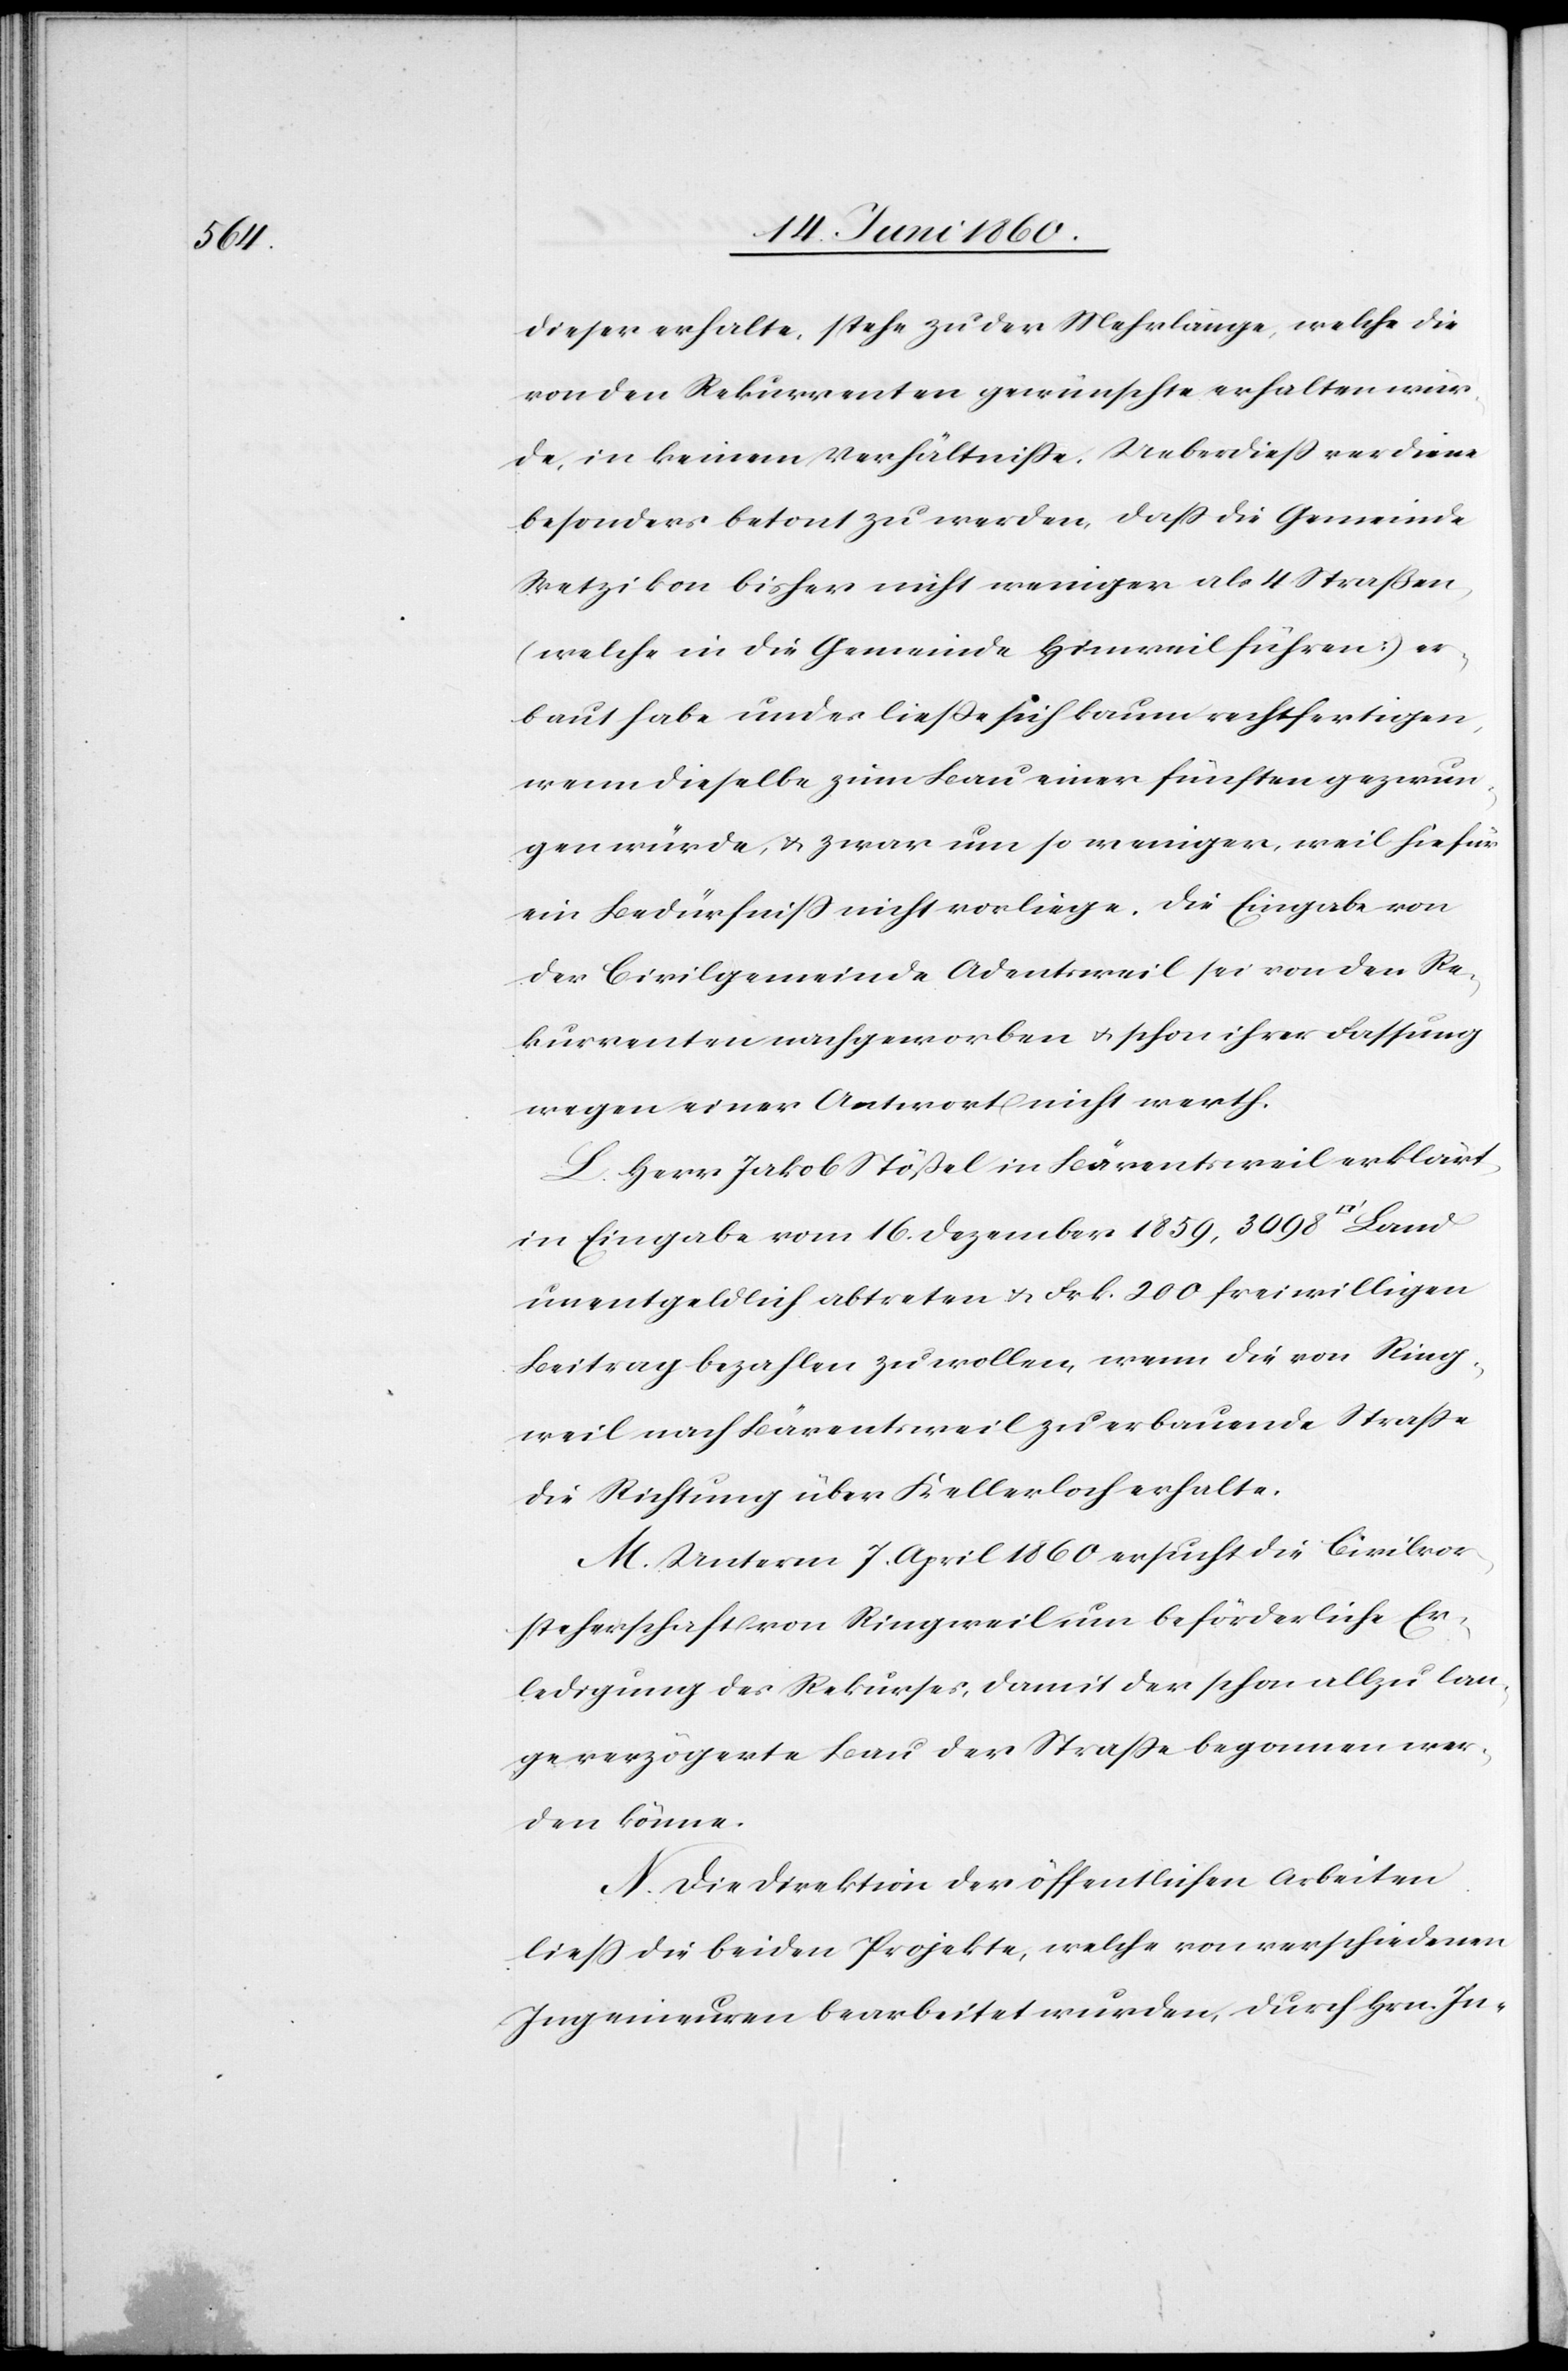
atfuss]

dieser erhalte, stehe zu der Mehrlänge, welche die
von den Rekurrenten gewünschte erhalten wür¬
de, in keinem Verhältnisse. Ueberdiess verdiene
besonders betont zu werden, dass die Gemeinde
Wetzikon bisher nicht weniger als 4 Straßen,
(welche in die Gemeinde Hinweil führen) er¬
baut habe und es liesse sich kaum rechtfertigen,
wenn dieselbe zum Bau einer fünften gezwun¬
gen würde, u. zwar um so weniger, weil hiefür
ein Bedürfniss nicht vorliege. Die Eingabe von
der Civilgemeinde Adentsweil sei von den Re¬
kurrenten nachgeworben u. schon ihrer Fassung
wegen einer Antwort nicht werth.
L. Herr Jakob Stößel in Bärentsweil erklärt,
in Eingabe vom 16. Dezember 1859, 3098 [Quadr¬
unentgeldlich abtreten u. Frk. 200 freiwilligen
Beitrag bezahlen zu wollen, wenn die von Ring¬
weil nach Bärentsweil zu erbauende Strasse
die Richtung über Kellerloch erhalte.
M. Unterm 7. April 1860 ersucht die Civilvor¬
steherschaft von Ringweil um beförderliche Er¬
ledigung des Rekurses, damit der schon allzu lan¬
ge verzögerte Bau der Strasse begonnen wer¬
den könne.
N. Die Direktion der öffentlichen Arbeiten
liess die beiden Projekte, welche von verschiedenen
Ingenieuren bearbeitet wurden, durch Hrn. In-